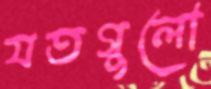
যতগুলো